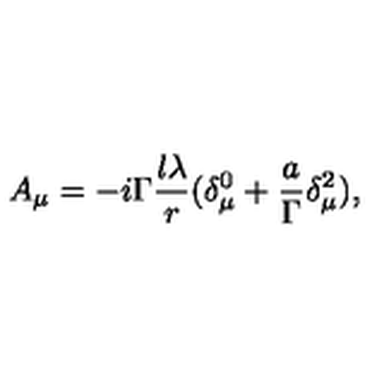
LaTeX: A _ { \mu } = - i \Gamma \frac { l \lambda } r ( \delta _ { \mu } ^ { 0 } + \frac a \Gamma \delta _ { \mu } ^ { 2 } ) ,